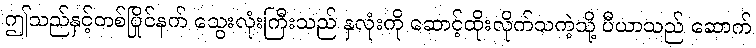
ဤသည်နှင့်တစ်ပြိုင်နက် သွေးလုံးကြီးသည် နှလုံးကို ဆောင့်ထိုးလိုက်သကဲ့သို့ ပီယာသည် ဆောက်